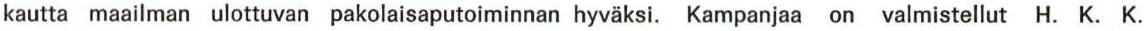
kautta maailman ulottuvan pakolaisaputoiminnan hyväksi. Kampanjaa on valmistellut H. K. K.